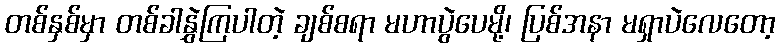
တစ်နှစ်မှာ တစ်ခါနွှဲကြပါတဲ့ ချစ်စရာ မဟာပွဲပေမို့၊ ပြစ်အနာ မရှာပဲလေတော့